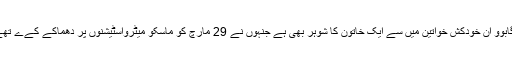
وگابوو ان خودکش خواتین میں سے ایک خاتون کا شوہر بھی ہے جنہوں نے 29 مارچ کو ماسکو میٹرواسٹیشنوں پر دھماکے کےے تھے۔